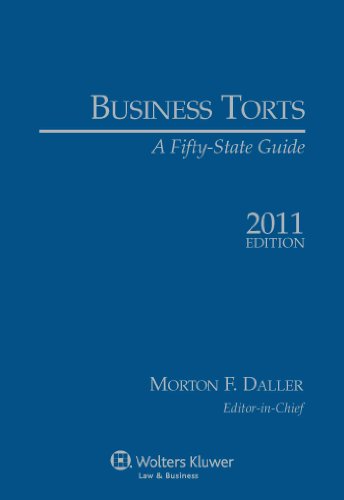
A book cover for Business Torts: A Fifty State Guide 2011e; Morton F. Daller; Law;